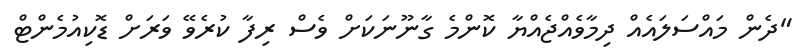
"ދެން މައްސަލައެއް ދިމާވެއްޖެއްޔާ ކޮންމެ ގާނޫނަކަށް ވެސް ރިފާ ކުރެވޭ ވަރަށް ޑޮކިއުމެންޓް